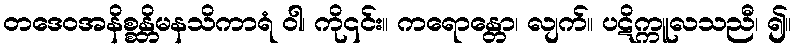
တဒေဝအနိစ္စန္တိမနသိကာရံ ဝါ၊ ကို၎င်း။ ကရောန္တော၊ လျက်။ ပဋိက္ကူလသညီ၊ ၍။